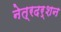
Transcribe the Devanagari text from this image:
नेत्रदर्शन